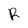
Character: R